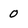
Character: 0